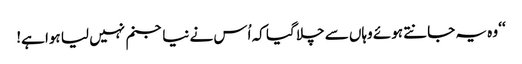
‘‘ وہ یہ جانتے ہوئے وہاں سے چلا گیا کہ اُس نے نیا جنم نہیں لیا ہوا ہے!